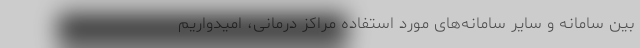
بین سامانه و سایر سامانه‌های مورد استفاده مراکز درمانی، امیدواریم